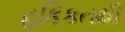
હકિકતથી